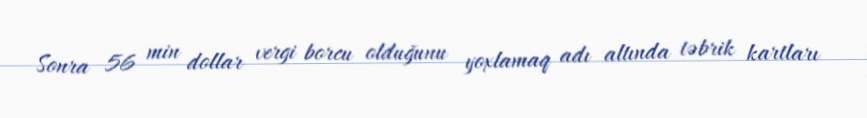
Sonra 56 min dollar vergi borcu olduğunu yoxlamaq adı altında təbrik kartları